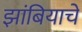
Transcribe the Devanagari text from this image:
झांबियाचे